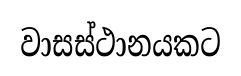
වාසස්ථානයකට